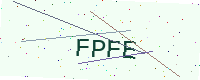
Text: FPFE